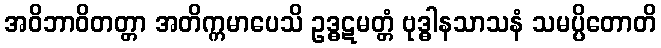
အဝိဘာဝိတတ္တာ အတိက္ကမာပေသိ ဥဒ္ဓဋမတ္တံ ဗုဒ္ဓါနသာသနံ သမပ္ပိတောတိ